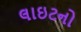
લાઇટનો